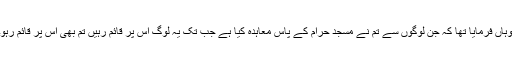
وہاں فرمایا تھا کہ جن لوگوں سے تم نے مسجد حرام کے پاس معاہدہ کیا ہے جب تک یہ لوگ اس پر قائم رہیں تم بھی اس پر قائم رہو۔